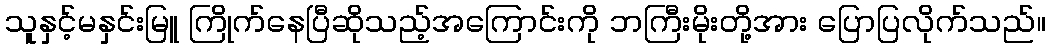
သူနှင့်မနှင်းမြူ ကြိုက်နေပြီဆိုသည့်အကြောင်းကို ဘကြီးမိုးတို့အား ပြောပြလိုက်သည်။